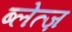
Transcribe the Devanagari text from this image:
ब्लेत्ज़